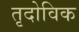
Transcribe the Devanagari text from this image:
तृदोविक